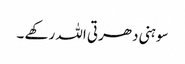
سوہنی دھرتی اللہ رکھے ۔